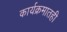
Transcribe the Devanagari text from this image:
कार्यक्रमातही